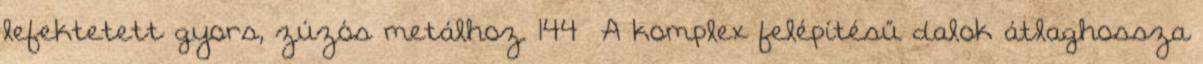
lefektetett gyors, zúzós metálhoz. 144 A komplex felépítésű dalok átlaghossza